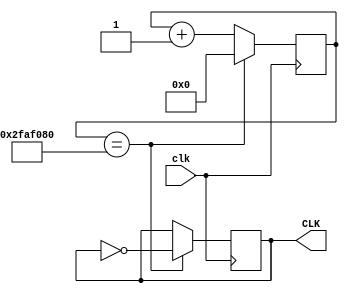
`timescale 1ns / 1ps


module Divider(clk,CLK);
    input clk;
    output reg CLK;
    
    parameter N = 50_000_000;      // 1Hz,N=fclk/fclk_N
    reg [31:0] counter;             /* 0(N/2-1) */
    
    initial begin
        CLK <= 0;
        counter <= 0;
    end
    always @(posedge clk)  begin    // 
        if(counter==N)
            begin
            CLK <= ~CLK;
            counter <=0;
            end
       else begin
           counter <= counter+1;
       end
    end 
endmodule